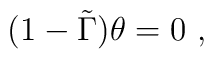
(1 - \tilde{\Gamma} ) \theta = 0 \ ,